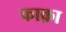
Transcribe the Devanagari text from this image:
फाक़ा